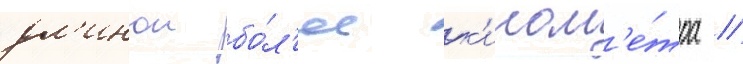
дл'инои бо́л'ее к'илом'е́тра //